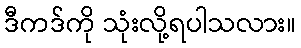
ဒီကဒ်ကို သုံးလို့ရပါသလား။